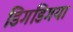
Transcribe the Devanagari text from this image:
डिगडिगया